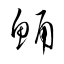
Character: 鯒